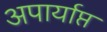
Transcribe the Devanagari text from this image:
अपार्याप्त